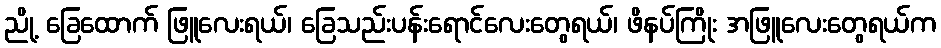
ညို့ ခြေထောက် ဖြူလေးရယ်၊ ခြေသည်းပန်းရောင်လေးတွေရယ်၊ ဖိနပ်ကြိုး အဖြူလေးတွေရယ်က